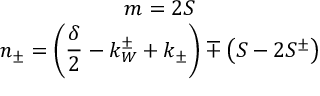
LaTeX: \begin{array} { c } { { m = 2 S } } \\ { { n _ { \pm } = \left( \displaystyle \frac { \delta } { 2 } - k _ { W } ^ { \pm } + k _ { \pm } \right) \mp \left( S - 2 S ^ { \pm } \right) } } \end{array}